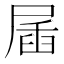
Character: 㞚